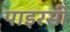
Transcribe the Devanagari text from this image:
पाइरसी